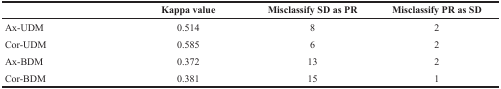
<table><thead><tr><td></td><td><b>Kappa value</b></td><td><b>Misclassify SD as PR</b></td><td><b>Misclassify PR as SD</b></td></tr></thead><tbody><tr><td>Ax-UDM</td><td>0.514</td><td>8</td><td>2</td></tr><tr><td>Cor-UDM</td><td>0.585</td><td>6</td><td>2</td></tr><tr><td>Ax-BDM</td><td>0.372</td><td>13</td><td>2</td></tr><tr><td>Cor-BDM</td><td>0.381</td><td>15</td><td>1</td></tr></tbody></table>